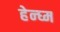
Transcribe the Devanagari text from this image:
हेन्घ्म